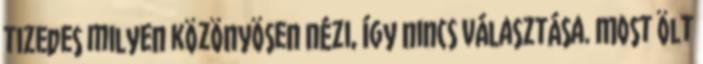
tizedes milyen közönyösen nézi, így nincs választása. Most ölt